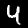
Digit: 4